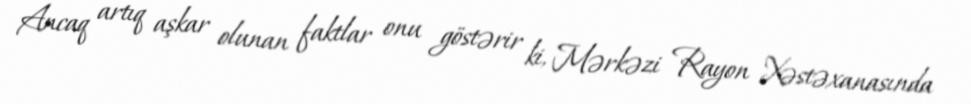
Ancaq artıq aşkar olunan faktlar onu göstərir ki, Mərkəzi Rayon Xəstəxanasında